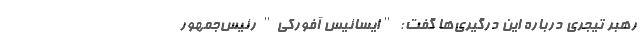
رهبر تیجری درباره این درگیری‌ها گفت: "ایسائیس آفورکی" رئیس‌جمهور